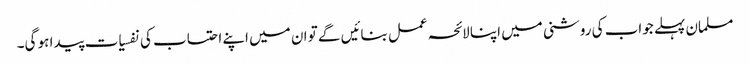
مسلمان پہلے جواب کی روشنی میں اپنا لائحہ عمل بنائیں گے تو ان میں اپنے احتساب کی نفسیات پیدا ہو گی۔